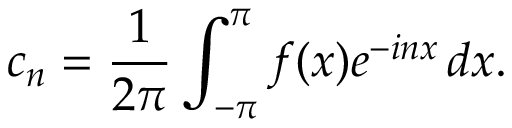
c _ { n } = { \frac { 1 } { 2 \pi } } \int _ { - \pi } ^ { \pi } f ( x ) e ^ { - i n x } \, d x .